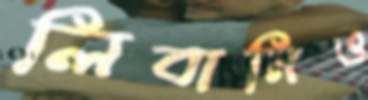
লিবানিও